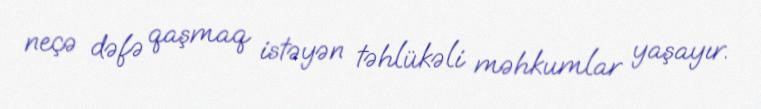
neçə dəfə qaşmaq istəyən təhlükəli məhkumlar yaşayır.